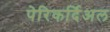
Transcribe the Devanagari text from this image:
पेरिकर्दिअल